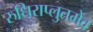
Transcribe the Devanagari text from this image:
रुधिराप्लुतमेव